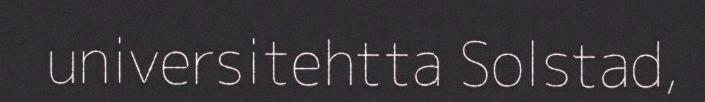
universitehtta Solstad,